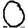
Digit: 0